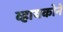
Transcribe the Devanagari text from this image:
व्हायकोने